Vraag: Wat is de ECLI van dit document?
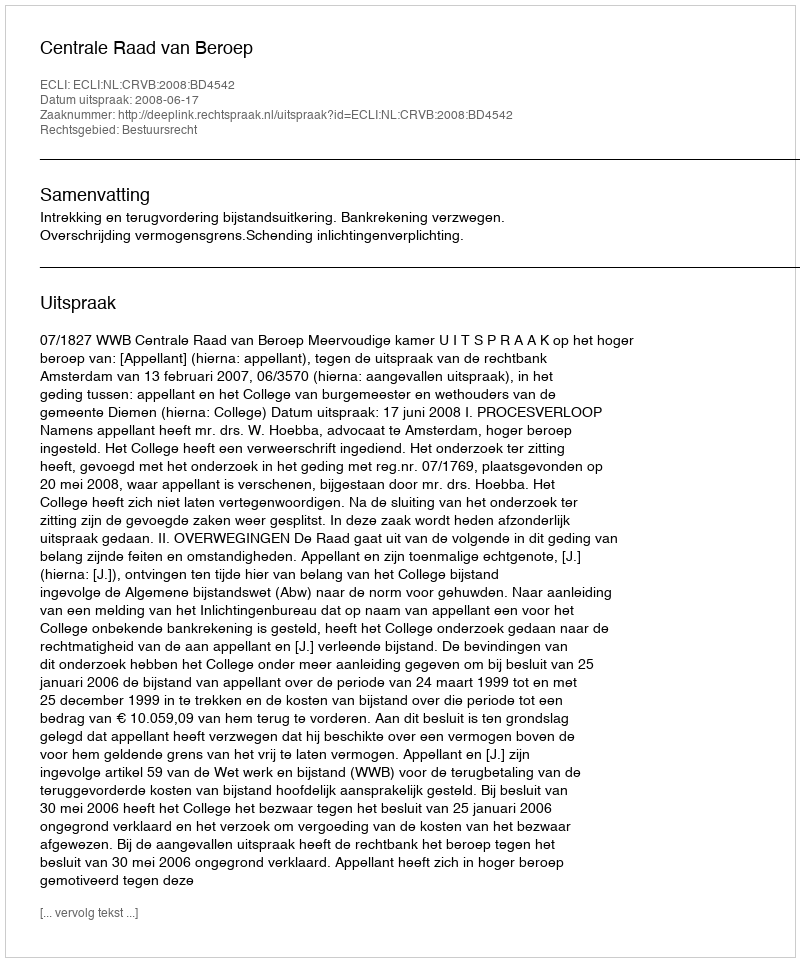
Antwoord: ECLI:NL:CRVB:2008:BD4542